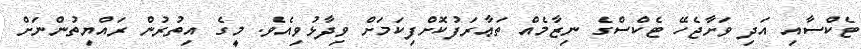
ޓެކްސާއި އަދި ވަށާޖެހޭ ޓެކްސްގެ ނިޒާމެއް ތަޢާރަފުކޮށްފިކަމަށް ވިދާޅުވިއެވެ. މީގެ އިތުރުން ރައްޔިތުންނަށް